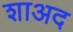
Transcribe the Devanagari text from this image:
शाअद